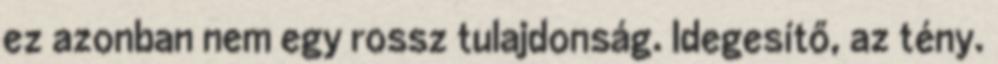
ez azonban nem egy rossz tulajdonság. Idegesítő, az tény.